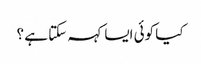
کیا کوئی ایسا کہہ سکتا ہے ؟